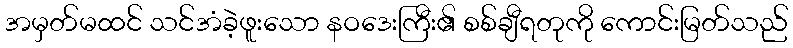
အမှတ်မထင် သင်အံခဲ့ဖူးသော နဝဒေးကြီး၏ စစ်ချီရတုကို ကောင်းမြတ်သည်